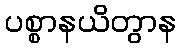
ပစ္စာနယိတွာန